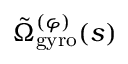
\tilde { \Omega } _ { \mathrm { g y r o } } ^ { ( \varphi ) } ( s )